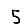
Digit: 5